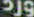
ورد